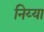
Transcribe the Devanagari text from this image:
निय्या